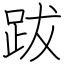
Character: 跋